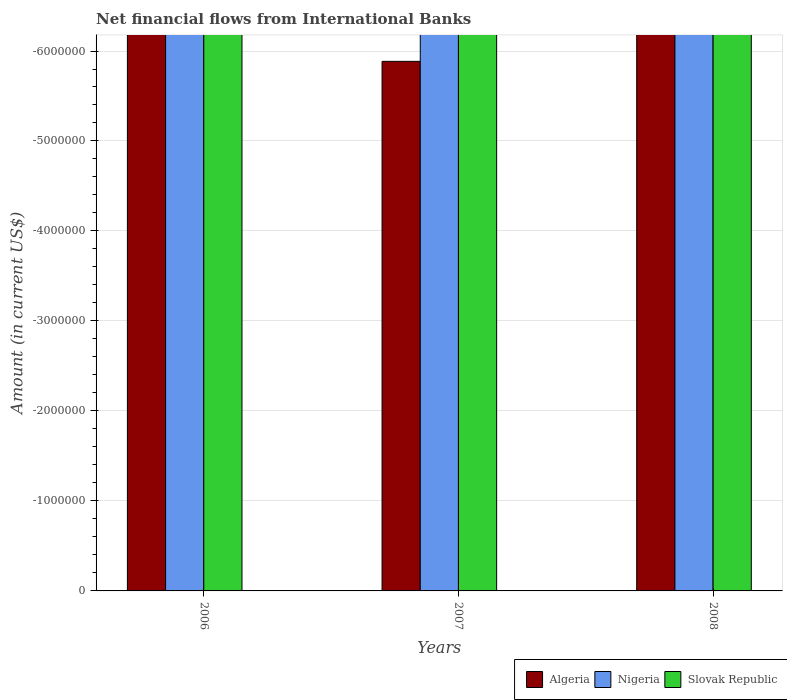
| Years | Algeria | Nigeria | Slovak Republic |
 | --- | --- | --- | --- |
 | 2006 | -6.61e+08 | -2.11e+08 | -3.29e+07 |
 | 2007 | -5.88e+06 | -1.76e+08 | -1.08e+07 |
 | 2008 | -1.02e+08 | -1.89e+08 | -5.02e+07 |